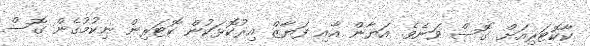
ކާކޮޓަރިއަށް ގޮސް ވަނެވެ. އަޔާން އާއި ފަޔާޒް އިރުކޮޅަކުން ކޮޓަރިން ނިކުމުގެން ގޮސް